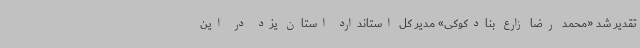
تقدیر شد «محمد رضا زارع بنادکوکی» مدیر کل استاندارد استان یزد در این